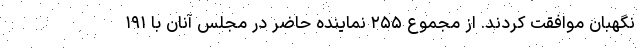
نگهبان موافقت کردند. از مجموع ۲۵۵ نماینده حاضر در مجلس آنان با ۱۹۱